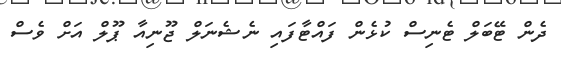
ދެން ޓޭބަލް ޓެނިސް ކުޅެން ފައްޓާފައި ނެޝެނަލް ޖޫނިއާ ޕޫލް އަށް ވެސް